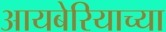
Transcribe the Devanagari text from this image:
आयबेरियाच्या